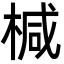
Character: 椷